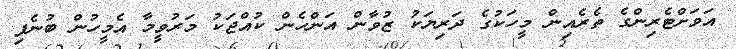
އަވަށްޓެރިންގެ ތެރެއިން މީހަކުގެ ދަރިޔަކު ޒުވާން އަންހެން ކުއްޖަކު މަރުވީމާ އެމީހުން ބުނެފި